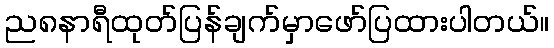
ည၈နာရီထုတ်ပြန်ချက်မှာဖော်ပြထားပါတယ်။